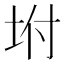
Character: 坿